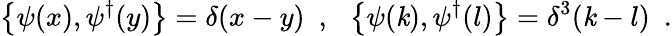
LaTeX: \left\{ \psi(x),\psi^{\dagger}(y)\right\} =\delta(x-y)~~,~~\left\{ \psi(\mathit{k}),\psi^{\dagger}(l)\right\} =\delta^{3}(\mathit{k}-l)~~.